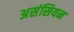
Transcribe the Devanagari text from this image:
असंसियन